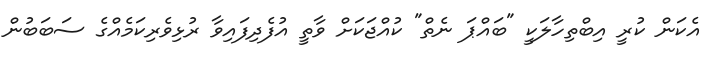
އެކަން ކުރީ އިބްތިހާލަކީ "ބައްޕަ ނެތް" ކުއްޖަކަށް ވާތީ އުފެދިފައިވާ ރުޅިވެރިކަމެއްގެ ސަބަބުން